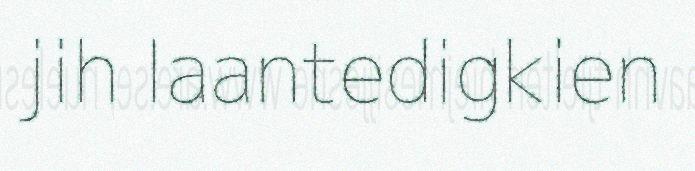
jih laantedigkien